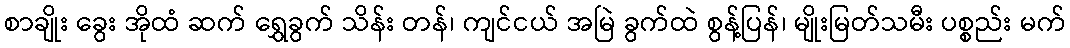
စာချိုး ခွေး အိုထံ ဆက် ရွှေခွက် သိန်း တန်၊ ကျင်ငယ် အမြဲ ခွက်ထဲ စွန့်ပြန်၊ မျိုးမြတ်သမီး ပစ္စည်း မက်